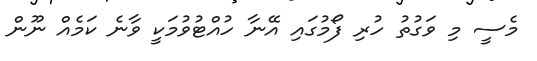
މެސީ މި ވަގުތު ހުރި ފޯމުގައި އޭނާ ހުއްޓުވުމަކީ ވާނެ ކަމެއް ނޫން